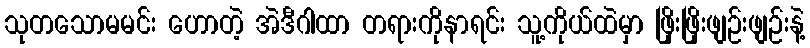
သုတသောမမင်း ဟောတဲ့ အဲဒီဂါထာ တရားကိုနာရင်း သူ့ကိုယ်ထဲမှာ ဖြိုးဖြိုးဖျဉ်းဖျဉ်းနဲ့